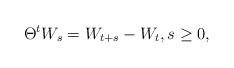
LaTeX: \begin{align*}\Theta^t W_s=W_{t+s}-W_t,s\ge 0,\end{align*}